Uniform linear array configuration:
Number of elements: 48
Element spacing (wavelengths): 0.5
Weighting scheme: binomial
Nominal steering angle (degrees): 0
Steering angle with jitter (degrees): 1.539
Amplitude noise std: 0.05
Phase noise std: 0.05

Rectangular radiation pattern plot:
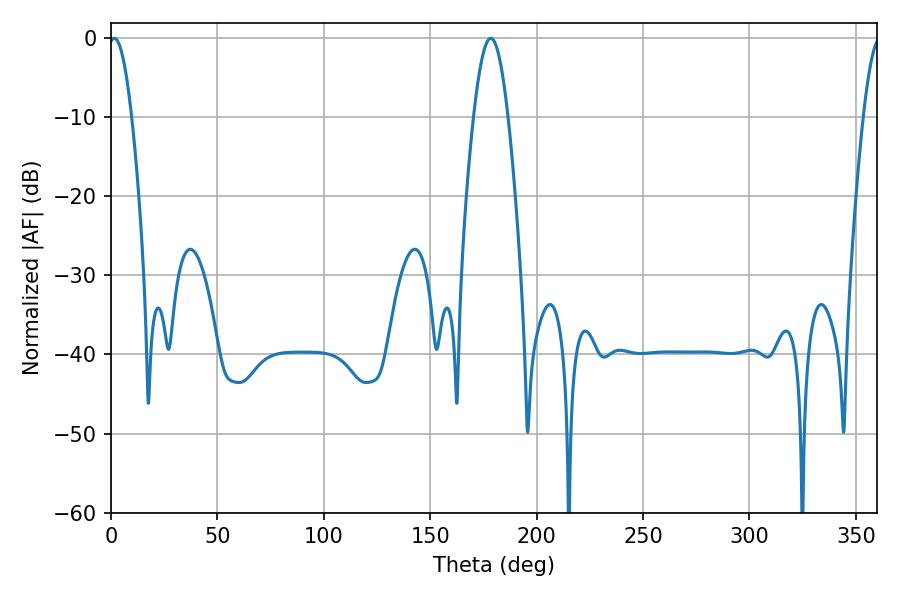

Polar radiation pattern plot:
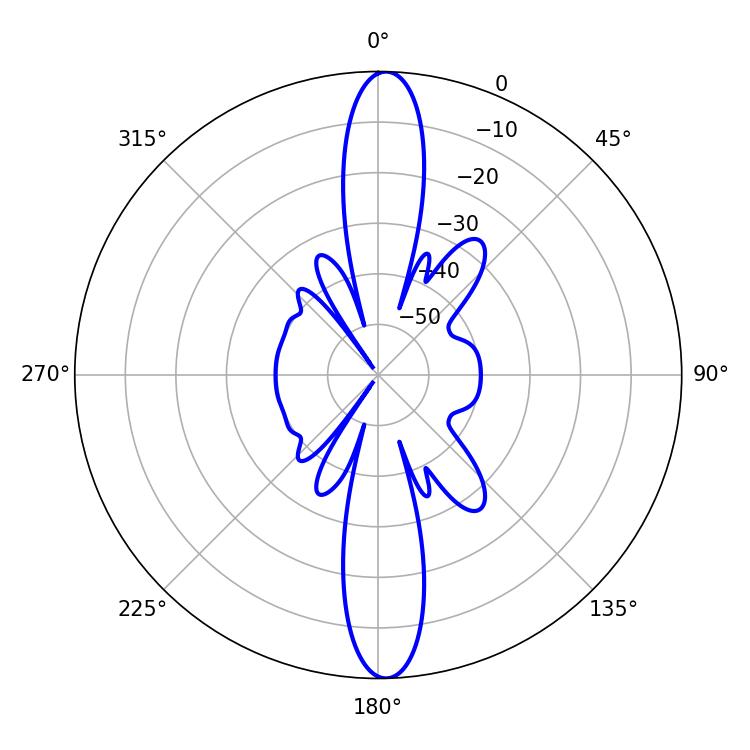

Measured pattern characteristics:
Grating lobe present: FALSE
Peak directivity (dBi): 23.243
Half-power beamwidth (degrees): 8.82
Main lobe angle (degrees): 178.38